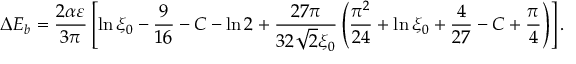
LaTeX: \Delta E _ { b } = \frac { 2 \alpha \varepsilon } { 3 \pi } \left[ \ln \xi _ { 0 } - \frac { 9 } { 1 6 } - C - \ln 2 + \frac { 2 7 \pi } { 3 2 \sqrt { 2 } \xi _ { 0 } } \left( \frac { \pi ^ { 2 } } { 2 4 } + \ln \xi _ { 0 } + \frac { 4 } { 2 7 } - C + \frac { \pi } { 4 } \right) \right] .